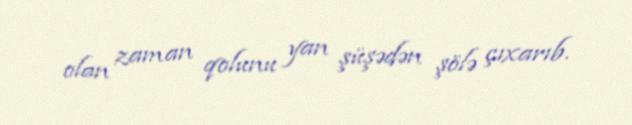
olan zaman qolunu yan şüşədən şölə çıxarıb.